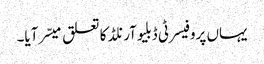
یہاں پروفیسر ٹی ڈبلیوآرنلڈ کا تعلق میسّر آیا۔